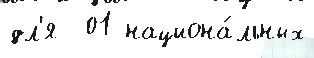
дл'я  01 национа́льных